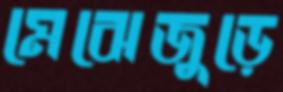
মেঝেজুড়ে